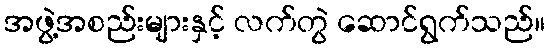
အဖွဲ့အစည်းများနှင့် လက်တွဲ ဆောင်ရွက်သည်။